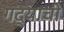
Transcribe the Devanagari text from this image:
गद्याची